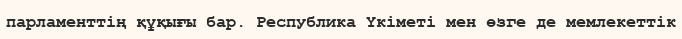
парламенттің құқығы бар. Республика Үкіметі мен өзге де мемлекеттік